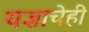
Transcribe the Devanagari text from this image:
यज्ञाचेही